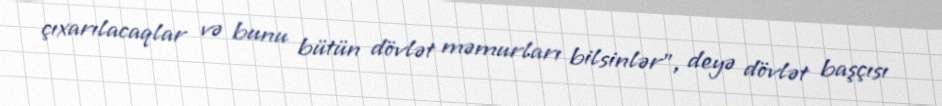
çıxarılacaqlar və bunu bütün dövlət məmurları bilsinlər”, deyə dövlət başçısı